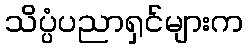
သိပ္ပံပညာရှင်များက